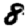
Digit: 8